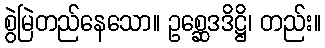
စွဲမြဲတည်နေသော။ ဥစ္ဆေဒဒိဋ္ဌိ၊ တည်း။